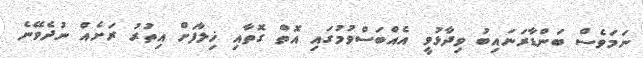
ނަމަވެސް ބަންޑާރަނައިބު ވިދާޅުވީ އެއްބަސްވުމުގައި އޮތް ގޮތާއި ޚިލާފަށް އިތުރު ރަށެއް ނުދެވޭނެ